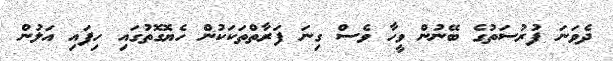
ދެވަނަ ފުރުސަތުގެ ބޭނުން ވީހާ ވެސް ގިނަ ފަރާތްތަކަކުން ހެޔޮގޮތުގައި ހިފައި އަލުން